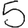
Digit: 5